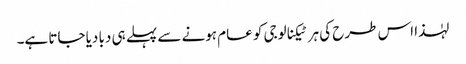
لہٰذا اس طرح کی ہر ٹیکنالوجی کو عام ہونے سے پہلے ہی دبا دیا جاتا ہے۔